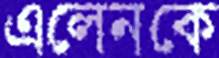
এলেনকে